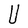
Character: U